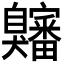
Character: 𫇍